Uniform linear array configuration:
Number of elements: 12
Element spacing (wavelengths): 1
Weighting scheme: kaiser
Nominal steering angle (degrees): -15
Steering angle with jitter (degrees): -16.492
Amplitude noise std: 0.05
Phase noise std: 0.05

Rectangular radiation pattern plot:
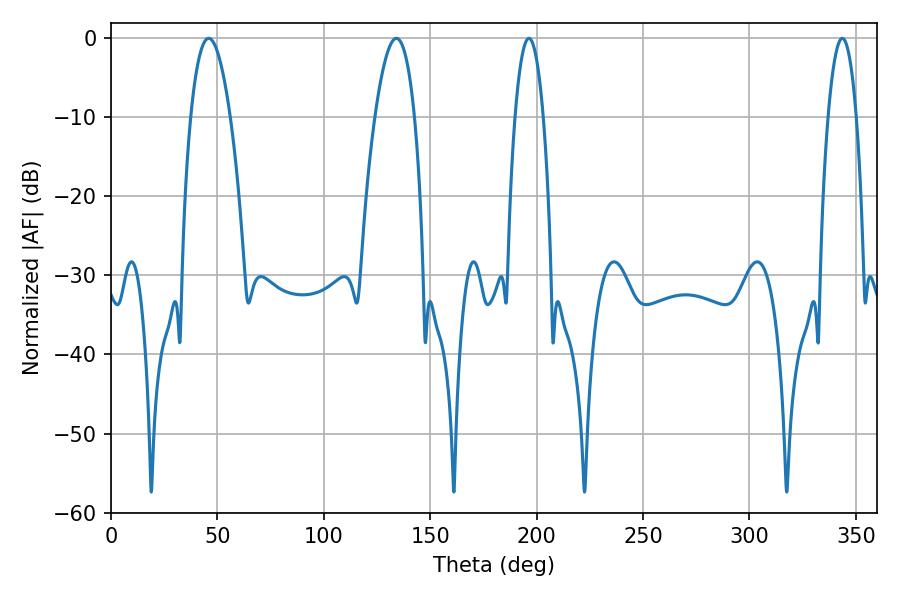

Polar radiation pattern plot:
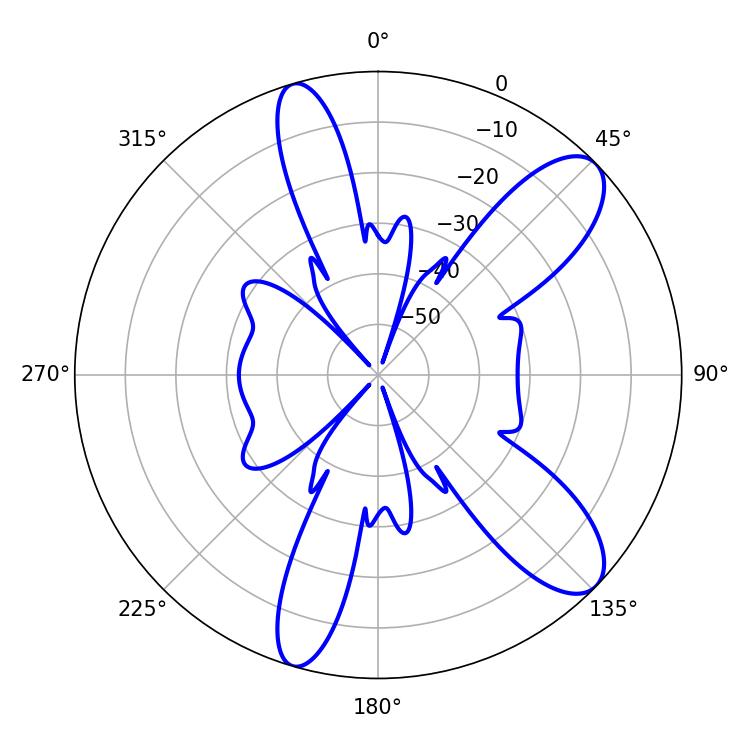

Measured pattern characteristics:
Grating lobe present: TRUE
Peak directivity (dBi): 10.02
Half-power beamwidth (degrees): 10.26
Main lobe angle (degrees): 45.9